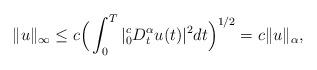
LaTeX: \begin{align*}\|u\|_{\infty} \le c\Big(\int_0^T |_0^c D_t^{\alpha} u(t)|^2 dt \Big)^{1/2}= c \|u\|_{\alpha}, \end{align*}